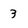
Character: 3